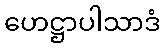
ဟေဋ္ဌာပါသာဒံ